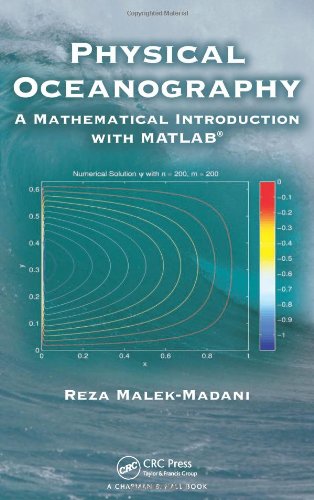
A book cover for Physical Oceanography: A Mathematical Introduction with MATLAB; Reza Malek-Madani; Science & Math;